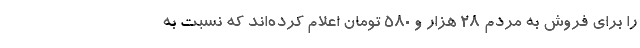
را برای فروش به مردم ۲۸ هزار و ۵۸۰ تومان اعلام کرده‌اند که نسبت به